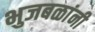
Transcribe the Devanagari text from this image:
भुजबळांनी